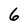
Character: 6